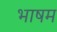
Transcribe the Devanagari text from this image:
भाषम